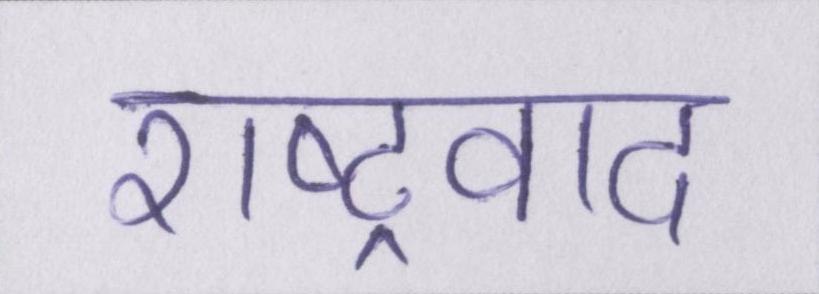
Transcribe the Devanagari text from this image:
राष्ट्रवाद